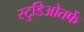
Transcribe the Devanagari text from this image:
स्टुडिओतर्फे